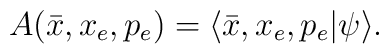
A(\bar{x},x_{e},p_{e})=\langle\bar{x},x_{e},p_{e}|\psi\rangle.